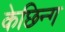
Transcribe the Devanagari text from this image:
केछिन्ग